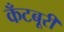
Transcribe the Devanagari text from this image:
कँटबूरी